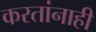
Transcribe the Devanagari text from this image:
करतांनाही